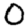
Digit: 0